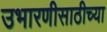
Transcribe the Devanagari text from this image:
उभारणीसाठीच्या